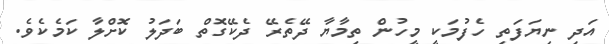
އަދި ނިޔަފަތި ހެފުމަކީ މީހުން ތިމާޔާ ދޭތެރޭ ދެކޭގޮތް ބަދަލު ކޮށްލާ ކަމެކެވެ.